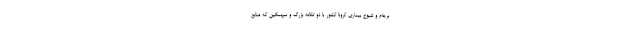
برجام و شیوع بیماری کرونا کشور با دو تکانه بزرگ و سهمگین که منابع